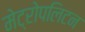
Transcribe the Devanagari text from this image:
मेट्रोपलिटन